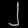
Digit: ၂